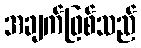
အချက်ဖြစ်သည်